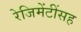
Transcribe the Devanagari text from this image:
रेजिमेंटींसह